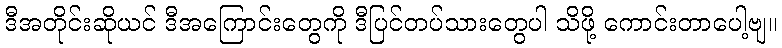
ဒီအတိုင်းဆိုယင် ဒီအကြောင်းတွေကို ဒီပြင်တပ်သားတွေပါ သိဖို့ ကောင်းတာပေါ့ဗျ။